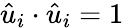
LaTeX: {\hat{u}}_{i}\cdot{\hat{u}}_{i}=1